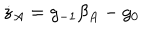
\dot { z } _ { A } = g _ { - 1 } \beta _ { A } - g _ { 0 }